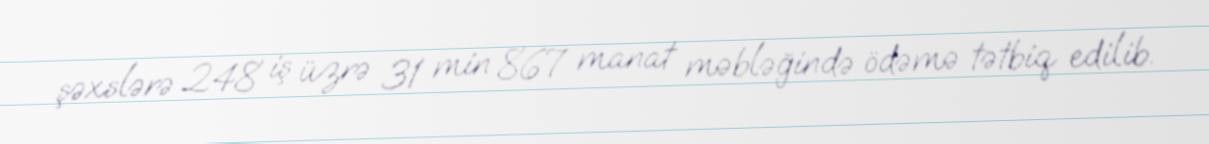
şəxslərə 248 iş üzrə 31 min 867 manat məbləğində ödəmə tətbiq edilib.